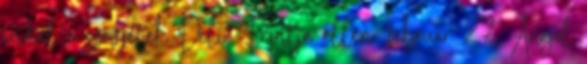
indul a szovjetek Déli Frontja ellen. február 27. Angol